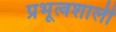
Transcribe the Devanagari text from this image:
प्रभूत्वशाली